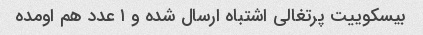
بیسکوییت پرتغالی اشتباه ارسال شده و ۱ عدد هم اومده